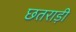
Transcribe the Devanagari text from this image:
छतराड़ी